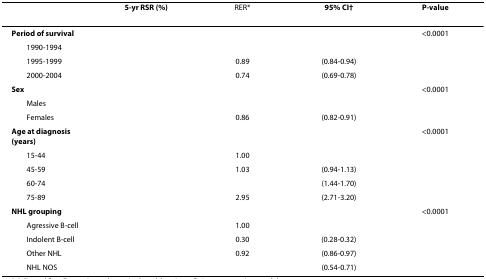
<table><thead><tr><td>[EMPTY_CELL]</td><td><b>5-yr RSR (%)</b></td><td><b>RER*</b></td><td><b>95% CI†</b></td><td><b>P-value</b></td></tr></thead><tbody><tr><td><b>Period of survival</b></td><td>[EMPTY_CELL]</td><td>[EMPTY_CELL]</td><td>[EMPTY_CELL]</td><td>&lt;0.0001</td></tr><tr><td> 1990-1994</td><td>[EMPTY_CELL]</td><td>[EMPTY_CELL]</td><td>[EMPTY_CELL]</td><td>[EMPTY_CELL]</td></tr><tr><td> 1995-1999</td><td>[EMPTY_CELL]</td><td>0.89</td><td>(0.84-0.94)</td><td>[EMPTY_CELL]</td></tr><tr><td> 2000-2004</td><td>[EMPTY_CELL]</td><td>0.74</td><td>(0.69-0.78)</td><td>[EMPTY_CELL]</td></tr><tr><td><b>Sex</b></td><td>[EMPTY_CELL]</td><td>[EMPTY_CELL]</td><td>[EMPTY_CELL]</td><td>&lt;0.0001</td></tr><tr><td> Males</td><td>[EMPTY_CELL]</td><td>[EMPTY_CELL]</td><td>[EMPTY_CELL]</td><td>[EMPTY_CELL]</td></tr><tr><td> Females</td><td>[EMPTY_CELL]</td><td>0.86</td><td>(0.82-0.91)</td><td>[EMPTY_CELL]</td></tr><tr><td><b>Age at diagnosis (years)</b></td><td>[EMPTY_CELL]</td><td>[EMPTY_CELL]</td><td>[EMPTY_CELL]</td><td>&lt;0.0001</td></tr><tr><td> 15-44</td><td>[EMPTY_CELL]</td><td>1.00</td><td>[EMPTY_CELL]</td><td>[EMPTY_CELL]</td></tr><tr><td> 45-59</td><td>[EMPTY_CELL]</td><td>1.03</td><td>(0.94-1.13)</td><td>[EMPTY_CELL]</td></tr><tr><td> 60-74</td><td>[EMPTY_CELL]</td><td>[EMPTY_CELL]</td><td>(1.44-1.70)</td><td>[EMPTY_CELL]</td></tr><tr><td> 75-89</td><td>[EMPTY_CELL]</td><td>2.95</td><td>(2.71-3.20)</td><td>[EMPTY_CELL]</td></tr><tr><td><b>NHL grouping</b></td><td>[EMPTY_CELL]</td><td>[EMPTY_CELL]</td><td>[EMPTY_CELL]</td><td>&lt;0.0001</td></tr><tr><td> Agressive B-cell</td><td>[EMPTY_CELL]</td><td>1.00</td><td>[EMPTY_CELL]</td><td>[EMPTY_CELL]</td></tr><tr><td> Indolent B-cell</td><td>[EMPTY_CELL]</td><td>0.30</td><td>(0.28-0.32)</td><td>[EMPTY_CELL]</td></tr><tr><td> Other NHL</td><td>[EMPTY_CELL]</td><td>0.92</td><td>(0.86-0.97)</td><td>[EMPTY_CELL]</td></tr><tr><td> NHL NOS</td><td>[EMPTY_CELL]</td><td>[EMPTY_CELL]</td><td>(0.54-0.71)</td><td>[EMPTY_CELL]</td></tr></tbody></table>